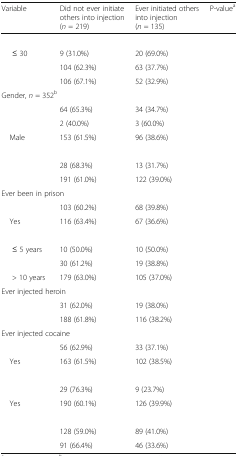
<table><thead><tr><td><b>Variable</b></td><td><b>Did not ever initiate others into injection (<i>n</i> = 219)</b></td><td><b>Ever initiated others into injection (<i>n</i> = 135)</b></td><td><b>P-value<sup>a</sup></b></td></tr></thead><tbody><tr><td colspan="4">[EMPTY_CELL]</td></tr><tr><td>≤ 30</td><td>9 (31.0%)</td><td>20 (69.0%)</td><td rowspan="3">[EMPTY_CELL]</td></tr><tr><td>[EMPTY_CELL]</td><td>104 (62.3%)</td><td>63 (37.7%)</td></tr><tr><td>[EMPTY_CELL]</td><td>106 (67.1%)</td><td>52 (32.9%)</td></tr><tr><td colspan="4">Gender, <i>n</i> = 352<sup>b</sup></td></tr><tr><td>[EMPTY_CELL]</td><td>64 (65.3%)</td><td>34 (34.7%)</td><td rowspan="3">[EMPTY_CELL]</td></tr><tr><td>[EMPTY_CELL]</td><td>2 (40.0%)</td><td>3 (60.0%)</td></tr><tr><td> Male</td><td>153 (61.5%)</td><td>96 (38.6%)</td></tr><tr><td colspan="4">[EMPTY_CELL]</td></tr><tr><td>[EMPTY_CELL]</td><td>28 (68.3%)</td><td>13 (31.7%)</td><td rowspan="2">[EMPTY_CELL]</td></tr><tr><td>[EMPTY_CELL]</td><td>191 (61.0%)</td><td>122 (39.0%)</td></tr><tr><td colspan="4">Ever been in prison</td></tr><tr><td>[EMPTY_CELL]</td><td>103 (60.2%)</td><td>68 (39.8%)</td><td rowspan="2">[EMPTY_CELL]</td></tr><tr><td> Yes</td><td>116 (63.4%)</td><td>67 (36.6%)</td></tr><tr><td colspan="4">[EMPTY_CELL]</td></tr><tr><td>≤ 5 years</td><td>10 (50.0%)</td><td>10 (50.0%)</td><td rowspan="3">[EMPTY_CELL]</td></tr><tr><td>[EMPTY_CELL]</td><td>30 (61.2%)</td><td>19 (38.8%)</td></tr><tr><td>&gt; 10 years</td><td>179 (63.0%)</td><td>105 (37.0%)</td></tr><tr><td colspan="4">Ever injected heroin</td></tr><tr><td>[EMPTY_CELL]</td><td>31 (62.0%)</td><td>19 (38.0%)</td><td rowspan="2">[EMPTY_CELL]</td></tr><tr><td>[EMPTY_CELL]</td><td>188 (61.8%)</td><td>116 (38.2%)</td></tr><tr><td colspan="4">Ever injected cocaine</td></tr><tr><td>[EMPTY_CELL]</td><td>56 (62.9%)</td><td>33 (37.1%)</td><td rowspan="2">[EMPTY_CELL]</td></tr><tr><td> Yes</td><td>163 (61.5%)</td><td>102 (38.5%)</td></tr><tr><td colspan="4">[EMPTY_CELL]</td></tr><tr><td>[EMPTY_CELL]</td><td>29 (76.3%)</td><td>9 (23.7%)</td><td rowspan="2">[EMPTY_CELL]</td></tr><tr><td> Yes</td><td>190 (60.1%)</td><td>126 (39.9%)</td></tr><tr><td colspan="4">[EMPTY_CELL]</td></tr><tr><td>[EMPTY_CELL]</td><td>128 (59.0%)</td><td>89 (41.0%)</td><td rowspan="2">[EMPTY_CELL]</td></tr><tr><td>[EMPTY_CELL]</td><td>91 (66.4%)</td><td>46 (33.6%)</td></tr></tbody></table>